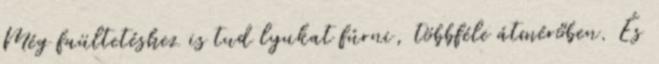
Még faültetéshez is tud lyukat fúrni, többféle átmérőben. És